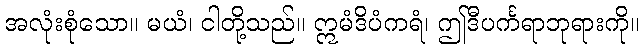
အလုံးစုံသော။ မယံ၊ ငါတို့သည်။ ဣမံဒိပံကရံ၊ ဤဒီပင်္ကရာဘုရားကို။